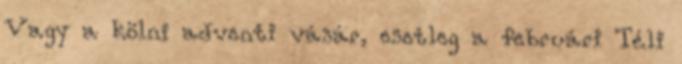
Vagy a kölni adventi vásár, esetleg a februári Téli